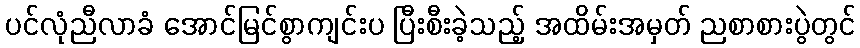
ပင်လုံညီလာခံ အောင်မြင်စွာကျင်းပ ပြီးစီးခဲ့သည့် အထိမ်းအမှတ် ညစာစားပွဲတွင်